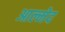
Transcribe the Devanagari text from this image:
आल्मेद